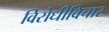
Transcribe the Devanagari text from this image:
विरोधीविचार